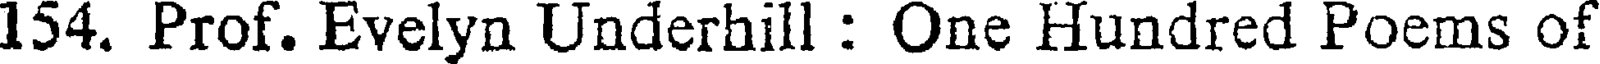
154. Prof. Evelyn Underhill : One Hundred Poems of